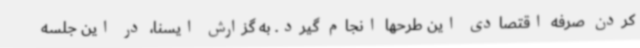
کردن صرفه‌ اقتصادی این طرحها انجام گیرد. به گزارش ایسنا، در این جلسه